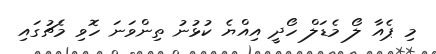
މި ޕެއާ ލޯ މެޑަލް ހޯދީ އިއްޔެ ކުޅުނު ތިންވަނަ ހޮވި މެޗުގައި